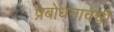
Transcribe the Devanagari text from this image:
प्रबोधनावची